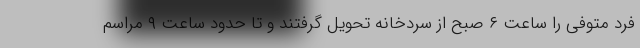
فرد متوفی را ساعت ۶ صبح از سردخانه تحویل گرفتند و تا حدود ساعت ۹ مراسم